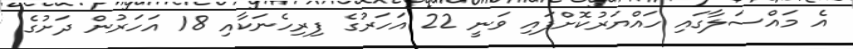
އެ މައްސަލާގައި ހައްޔަރުކޮށްފައި ވަނީ 22 އަހަރުގެ ފިރިހެނަކާއި 18 އަހަރުން ދަށުގެ